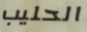
الحليب